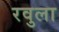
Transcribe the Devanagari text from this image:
रवुला